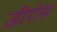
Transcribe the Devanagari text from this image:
ज़ीरोस